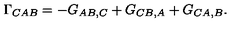
\Gamma _ { C A B } = - G _ { A B , C } + G _ { C B , A } + G _ { C A , B } .